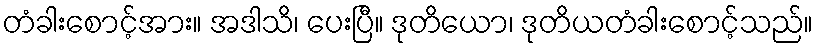
တံခါးစောင့်အား။ အဒါသိ၊ ပေးပြီ။ ဒုတိယော၊ ဒုတိယတံခါးစောင့်သည်။